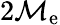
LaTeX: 2\mathcal{M}_{\mathrm{{e}}}